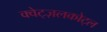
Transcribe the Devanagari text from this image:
क्वेट्ज़लकोट्ल